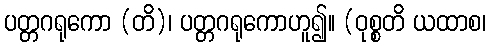
ပတ္တဂရုကော (တိ)၊ ပတ္တဂရုကောဟူ၍။ (ဝုစ္စတိ ယထာစ၊